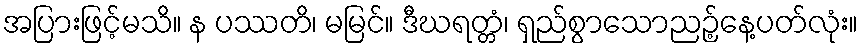
အပြားဖြင့်မသိ။ န ပဿတိ၊ မမြင်။ ဒီဃရတ္တံ၊ ရှည်စွာသောညဉ့်နေ့ပတ်လုံး။